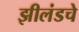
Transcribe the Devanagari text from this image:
झीलंडचे